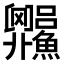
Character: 𬵼